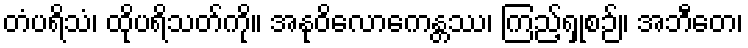
တံပရိသံ၊ ထိုပရိသတ်ကို။ အနုဝိလောကေန္တဿ၊ ကြည့်ရှုစဉ်။ အဘီတေ၊